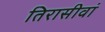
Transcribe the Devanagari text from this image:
तिरासीवां